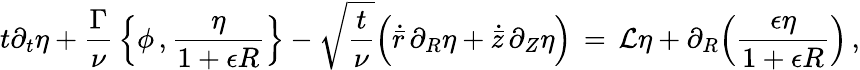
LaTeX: t\partial_{t}\eta+\frac{\Gamma}{\nu}\, \Bigl\{ \phi\, ,\frac{\eta}{1+\epsilon R}\Bigr\} -\sqrt{\frac{t}{\nu}}\Bigl(\dot{\bar{r}}\, \partial_{R}\eta+\dot{\bar{z}}\, \partial_{Z}\eta\Bigr)\, =\, \mathcal{L}\eta+\partial_{R}\Bigl(\frac{\epsilon\eta}{1+\epsilon R}\Bigr)\, ,